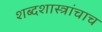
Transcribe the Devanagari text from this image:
शब्दशास्त्रांचाच